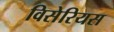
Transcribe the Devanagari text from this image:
विसेरियस